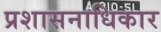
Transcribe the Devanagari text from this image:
प्रशासनाधिकार